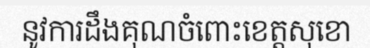
នូវការដឹងគុណចំពោះខេត្តសុខោ